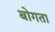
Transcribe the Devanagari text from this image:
बोगता